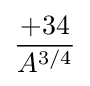
+34 \over A^{3/4}